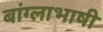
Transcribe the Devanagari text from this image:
बांग्‍लाभाषी